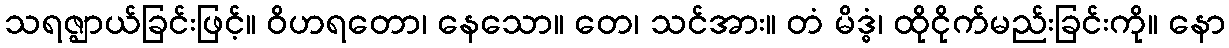
သရဇ္ဈာယ်ခြင်းဖြင့်။ ဝိဟရတော၊ နေသော။ တေ၊ သင်အား။ တံ မိဒ္ဓံ၊ ထိုငိုက်မည်းခြင်းကို။ နော